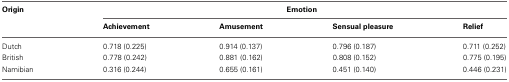
<table><thead><tr><td><b>Origin</b></td><td colspan="4"><b>Emotion</b></td></tr><tr><td></td><td><b>Achievement</b></td><td><b>Amusement</b></td><td><b>Sensual pleasure</b></td><td><b>Relief</b></td></tr></thead><tbody><tr><td>Dutch</td><td>0.718 (0.225)</td><td>0.914 (0.137)</td><td>0.796 (0.187)</td><td>0.711 (0.252)</td></tr><tr><td>British</td><td>0.778 (0.242)</td><td>0.881 (0.162)</td><td>0.808 (0.152)</td><td>0.775 (0.195)</td></tr><tr><td>Namibian</td><td>0.316 (0.244)</td><td>0.655 (0.161)</td><td>0.451 (0.140)</td><td>0.446 (0.231)</td></tr></tbody></table>